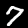
Digit: 7